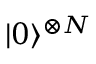
| 0 \rangle ^ { \otimes N }